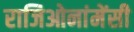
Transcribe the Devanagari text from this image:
राजिओनांमेंसी